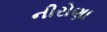
નીરોણા